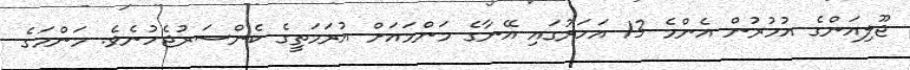
ޖޫލިއަންގެ އުމުރުން އެންމެ 13 އަހަރުގައި އޭނާގެ މަންމައަށް އުރަމަތީގެ ކެންސަރުޖެހުނެވެ. މަންމަގެ